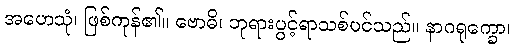
အဟေသုံ၊ ဖြစ်ကုန်၏။ ဗောဓိ၊ ဘုရားပွင့်ရာသစ်ပင်သည်။ နာဂရုက္ခော၊